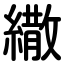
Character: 繖